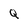
Character: Q